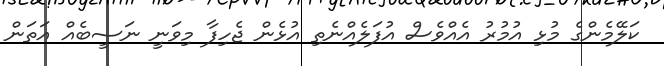
ކަލޭމެންގެ މުޅި އުމުރު އެއްވެސް އުފަލެއްނެތި އުޅެން ޖެހިފާ މިވަނީ ނަސީބެއް އަތަން